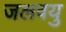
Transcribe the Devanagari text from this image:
जलवयु